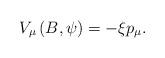
LaTeX: \begin{align*}V_{\mu }\left( B,\psi \right) =-\xi p_{\mu }. \end{align*}